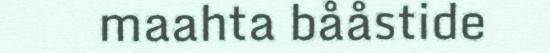
maahta bååstide